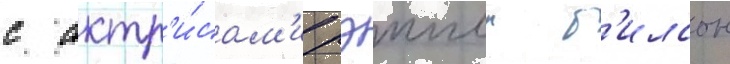
с актр'и́сам'и рэичел б'илсон